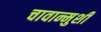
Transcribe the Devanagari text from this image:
चावान्मुशी